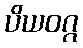
ပိယဝဂ္ဂ